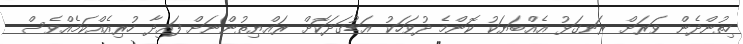
ހިތުންދެން ވަރަށް ރަނގަޅު އެއްބަޔަކު ކޮންމެ ދުވަހަކު އަޑުގަދަކޮށް ރައްޔިތުންނަށް ފައިދާ ހުރިއެއްކަމެއްވެސް